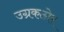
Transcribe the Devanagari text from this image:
उग्रकठोर